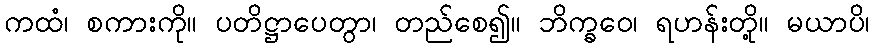
ကထံ၊ စကားကို။ ပတိဋ္ဌာပေတွာ၊ တည်စေ၍။ ဘိက္ခဝေ၊ ရဟန်းတို့။ မယာပိ၊